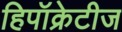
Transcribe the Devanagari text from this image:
हिपॉक्रेटीज